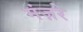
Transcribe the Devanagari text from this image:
मंज़रे